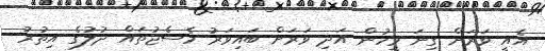
އެއީ ވަރަށް ގިނަ މީހުން އަދި ވަރަށް ބައިވަރު މެސެޖުތައް ދުލުގެ އިތުރު